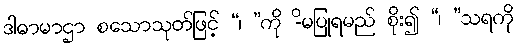
ဒါဓာမာဌာ စသောသုတ်ဖြင့် “၊ ”ကို -ိမပြုရမည် စိုး၍ “၊ ”သရကို